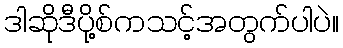
ဒါဆိုဒီပို့စ်ကသင့်အတွက်ပါပဲ။